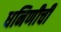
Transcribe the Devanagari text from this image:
धनिणीची